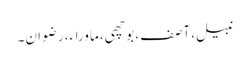
نبیل، آصف، بوچھی، ماوراء، رضوان۔